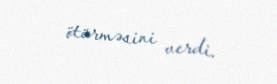
ötürməsini verdi.